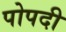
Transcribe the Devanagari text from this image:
पोपदी